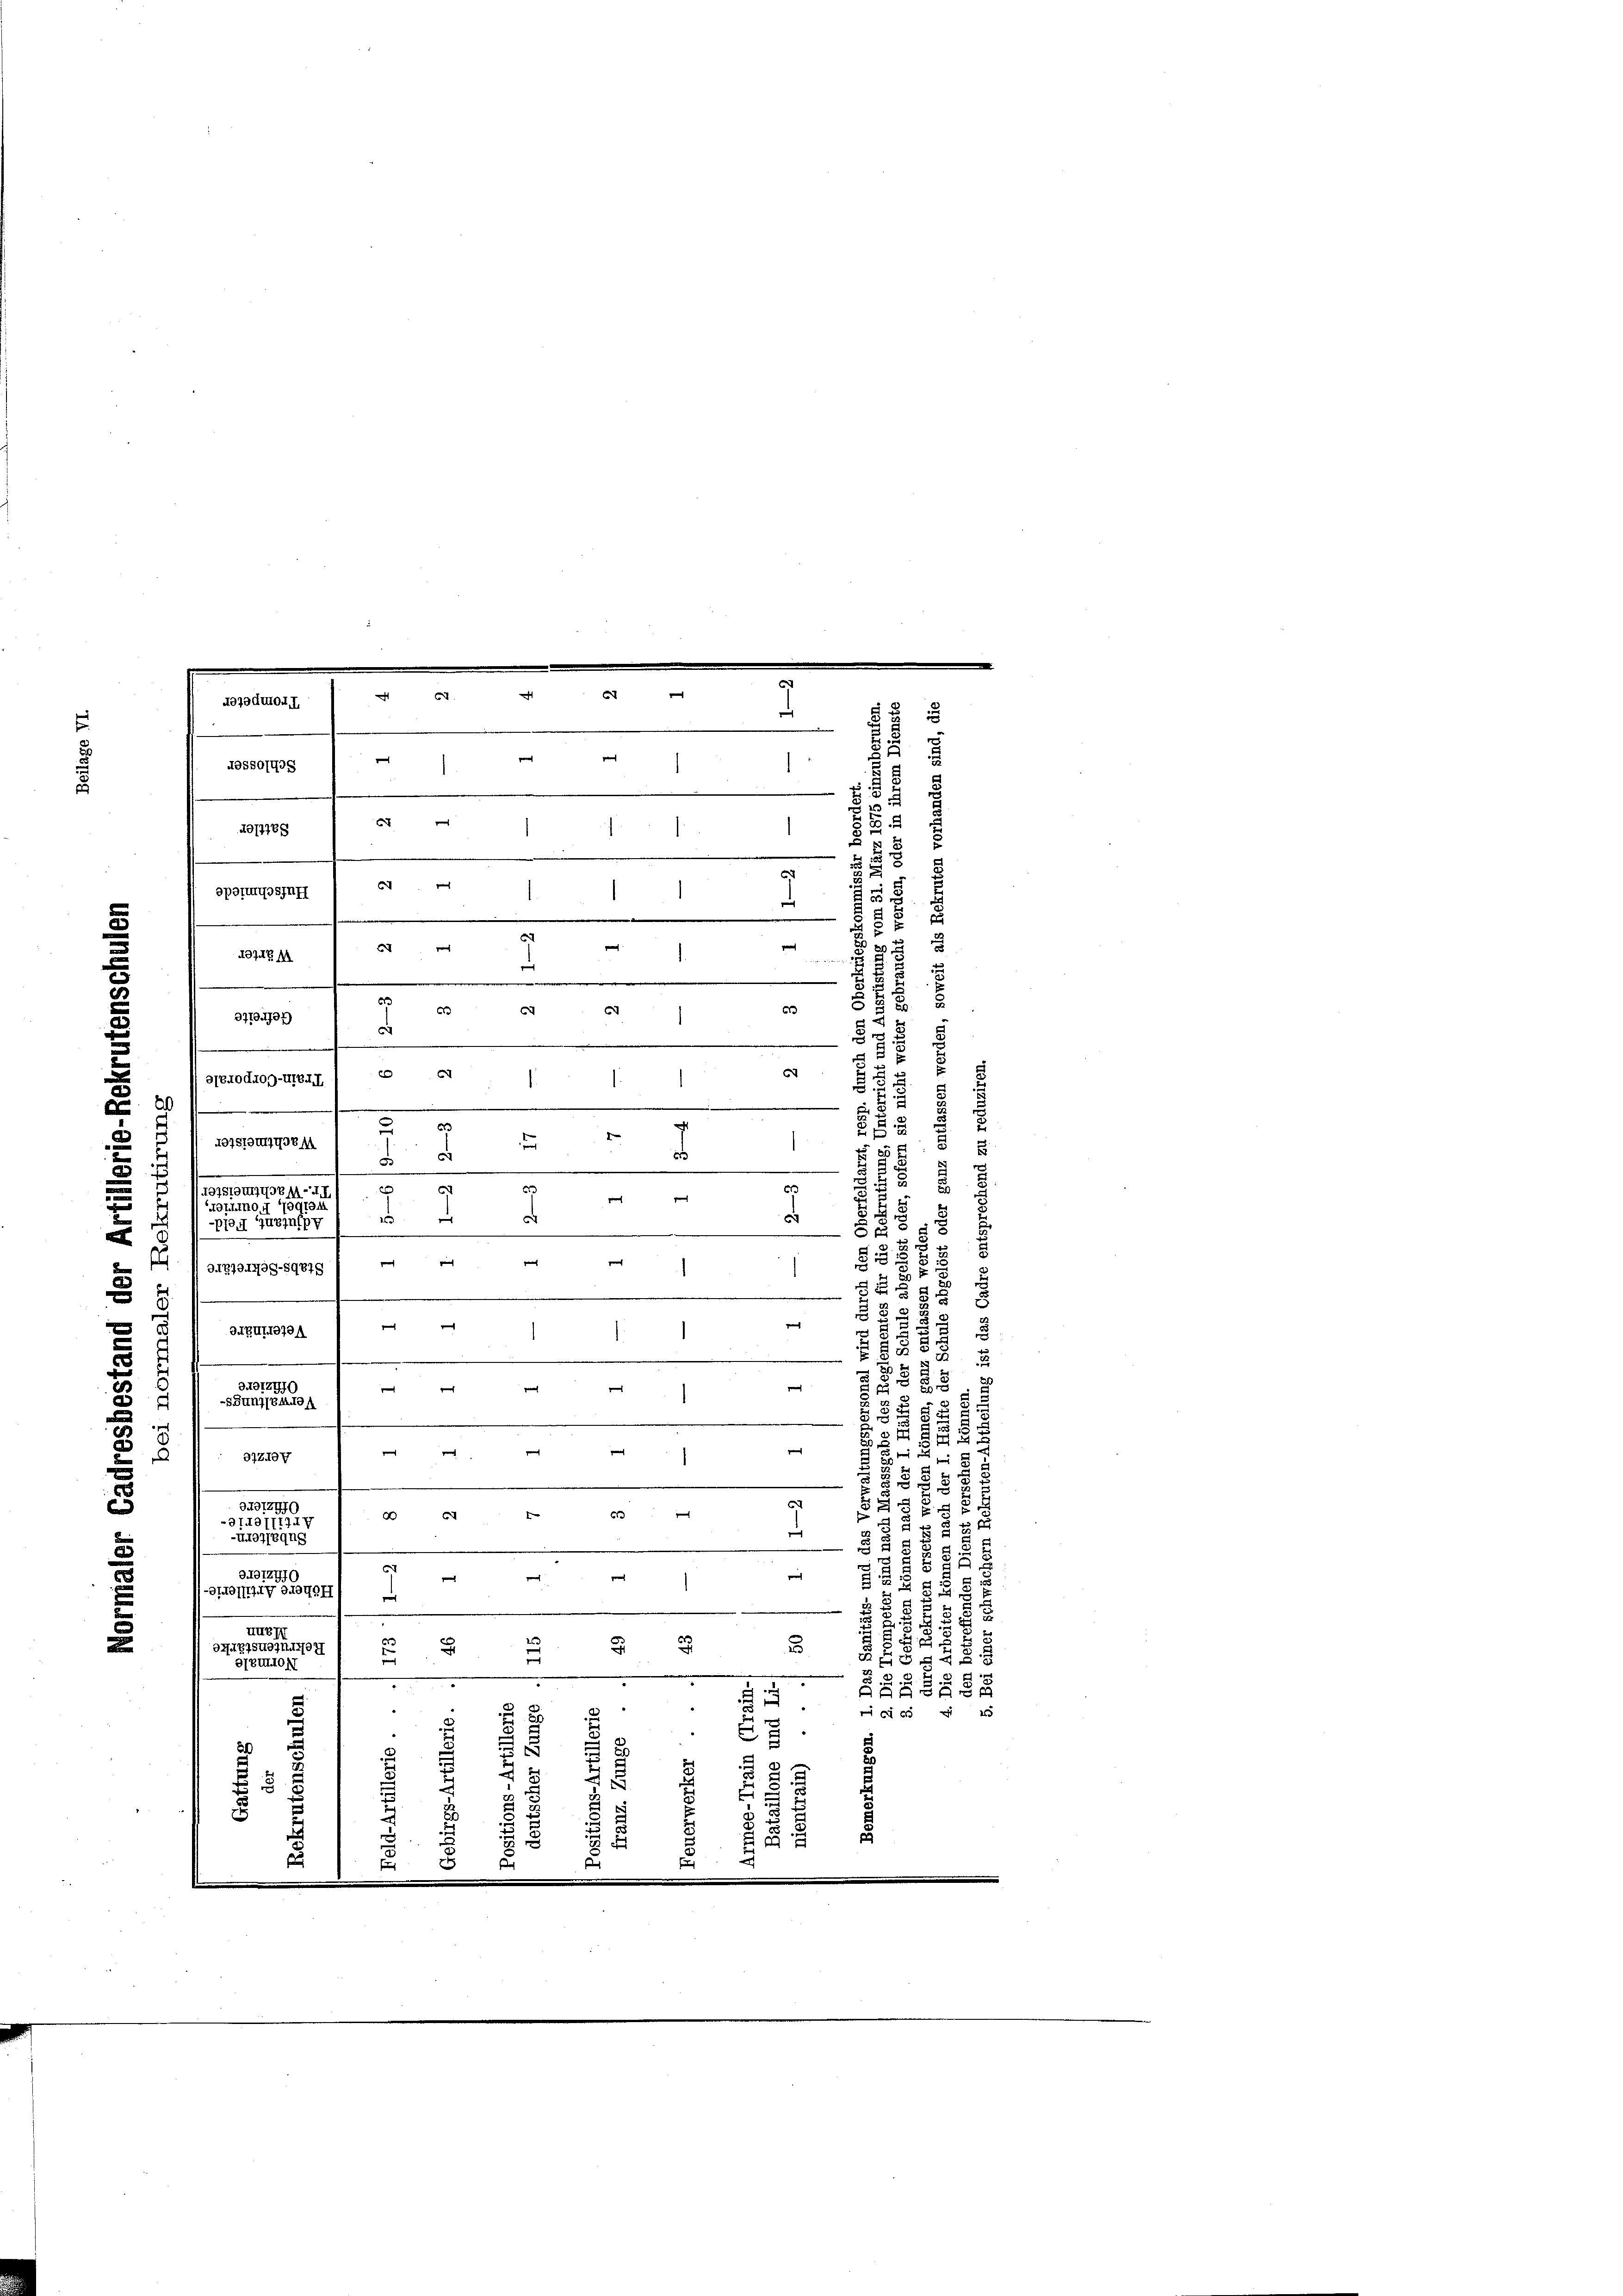
d

67. 164 "
407odron. I
455So748 / — " — "
401788 1 et
f
e

841
Sprungsinf
¬
.
5
 69
.
497. M
.
e
v
693 I 69
3710.707
c

t
364
1
e
e
.

e
01Stountypen-
TAG Pogi/
g
i
e
e
1304
Pfg. Turinipy
e
.
.
8

2
32
g
8
D47794799-89879
1
.
.
u

e
.
e

2
3
e
n
u
s
.
e

5
5
e
3
p
5
d
r

2
2
97Z107
e
5
§ 553
c
34072770
25
e
A c 1. 63
374011171 f
§ § § 2 d
e
-Moregng
3
 8
5
E
6
758
91012470
i

g
J.
5
1-3IOIII 434. II

h
58
e
82
HUB
u
32
2
37427540n1407
5
1
 45 x
OBution
¬
.
r
.

.
e
8
3
A
u
s
 "
45
.
e
2
s
5
72
.
3
.
2
24

d
f
i
s
i
f
.
.
.
.

6
n
e
t
1
2
i
¬
.
e
1
e
2
h
2
g
8.
.

6
12
6
8 " " 1
STeuod4og-Ure II.
E
e
e
.
e
.

t
2
63
f
13751ouyoem

34ZUI1970.
34912770
-SSun7/EAdel